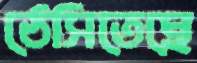
ঠেসিতেছে